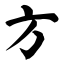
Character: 方